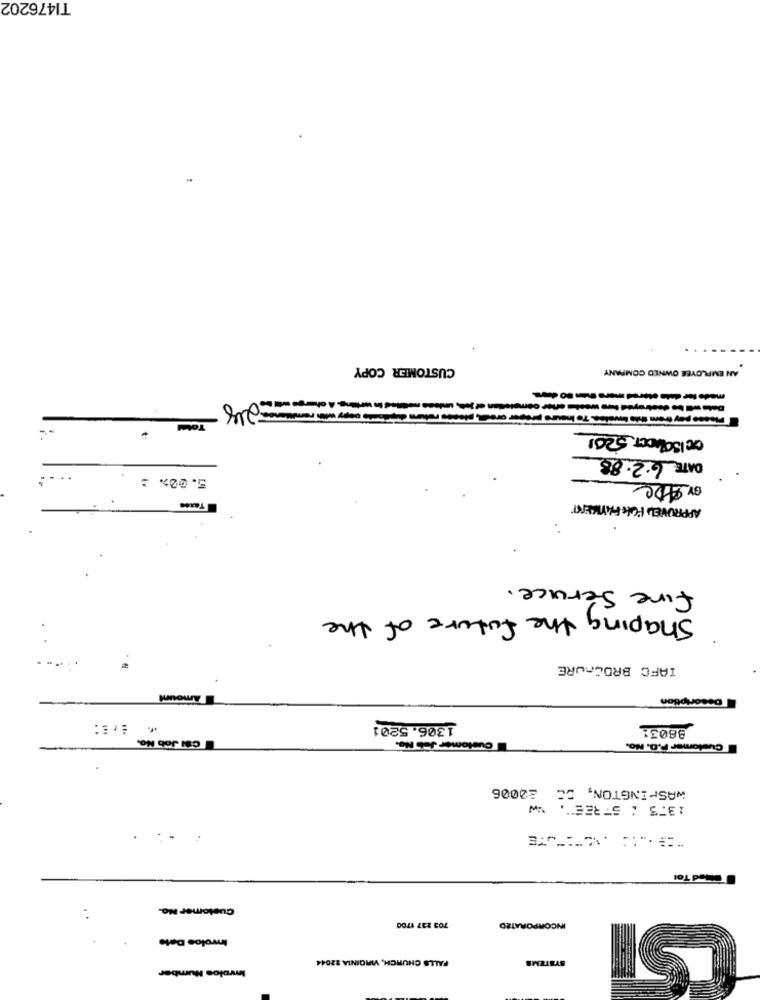
TI476202
CUSTOMER COPY
AN EMPLOYEE OWNED COMPANY
--
That copy with remitienes 208
--
OC 150 ADET 5201
DATE 6.2.88
5.00% :
BY ADC
APPROVED FOR PAYMENT
fire Service .
Shaping the future of the
IAFC BROCHURE
Amount
Description
1306. 5201
88031
CIN Job No.
Customer Jeis No.
Customer P.O. No.
20006
WASHINGTON, DC
-W
1375 1 5FREE".
Med Tol
Customer No.
703 237 1700
INCORPORATED
Inwolos Date
FALLS CHURCH, VIRGINIA 22044
SYSTEMS
Imrolos Number